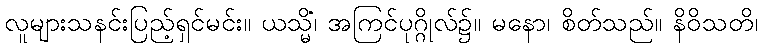
လူများသနင်းပြည့်ရှင်မင်း။ ယသ္မိံ၊ အကြင်ပုဂ္ဂိုလ်၌။ မနော၊ စိတ်သည်။ နိဝိသတိ၊